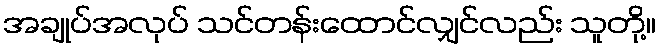
အချုပ်အလုပ် သင်တန်းထောင်လျှင်လည်း သူတို့။